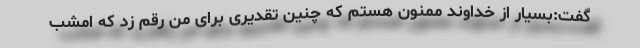
گفت:بسیار از خداوند ممنون هستم که چنین تقدیری برای من رقم زد که امشب